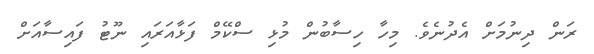
ރަން ދިނުމަށް އެދުނެވެ. މިހާ ހިސާބުން މުޅި ސްކޭމް ފަޅާއަރައި ނޫޓު ފައިސާއަށް